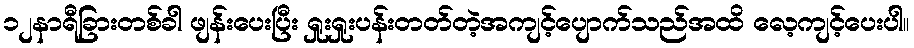
၁၂နာရီခြားတစ်ခါ ဖျန်းပေးပြီး ရှုးရှုးပန်းတတ်တဲ့အကျင့်ပျောက်သည်အထိ လေ့ကျင့်ပေးပါ။